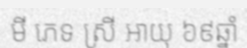
មី ភេទ ស្រី អាយុ ៦៩ឆ្នាំ